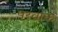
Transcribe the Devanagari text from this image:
परवाक